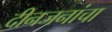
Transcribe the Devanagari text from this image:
दीनजनांचा